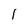
Character: I